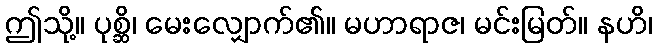
ဤသို့။ ပုစ္ဆိ၊ မေးလျှောက်၏။ မဟာရာဇ၊ မင်းမြတ်။ နဟိ၊